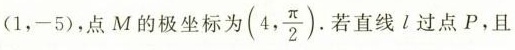
(1，-5)，点M的极坐标为(4, \frac{\pi}{2})。若直线l过点P，且